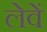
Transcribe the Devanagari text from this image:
लेवें